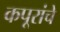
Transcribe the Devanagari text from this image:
कपूरांचे